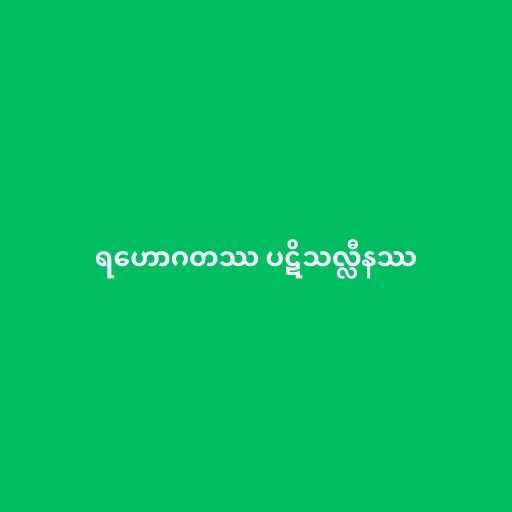
ရဟောဂတဿ ပဋိသလ္လီနဿ